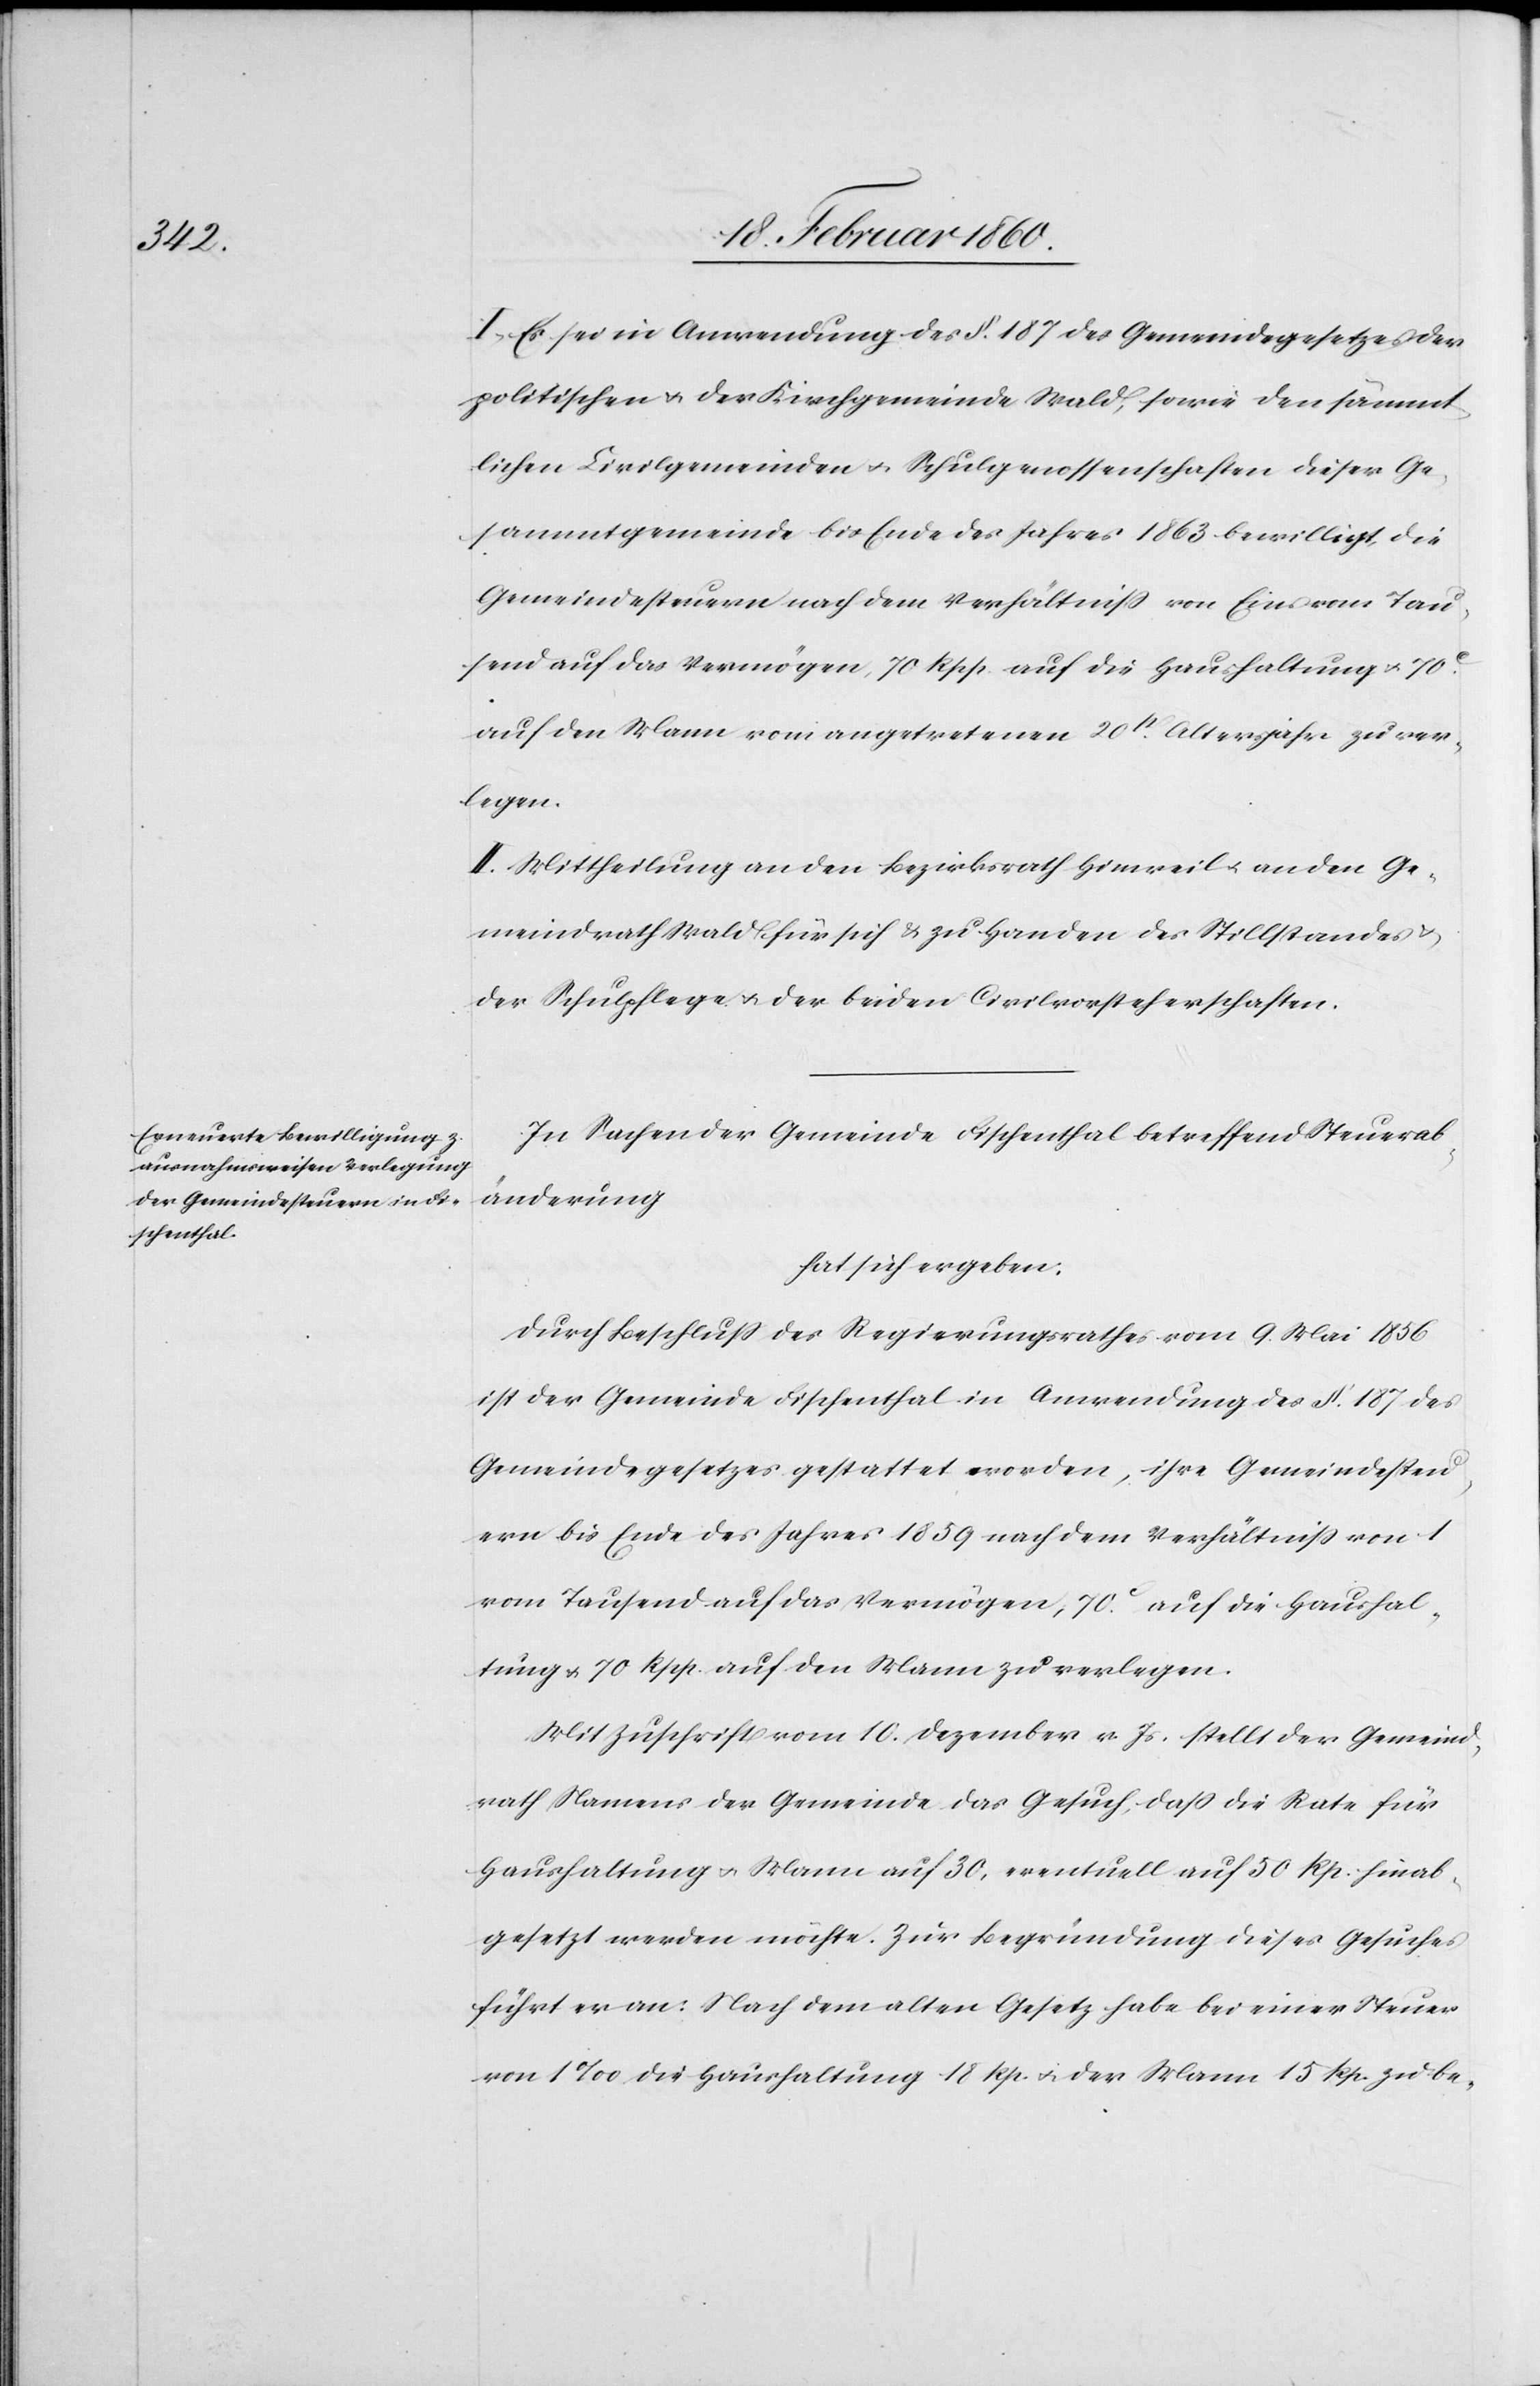
I. Es sei in Anwendung des §. 187. des Gemeindegesetzes der
politischen u. der Kirchgemeinde Wald, sowie den sämmt¬
lichen Civilgemeinden u. Schulgenossenschaften dieser Ge¬
sammtgemeinde bis Ende des Jahres 1863 bewilligt, die
Gemeindesteuern nach dem Verhältniss von Eins vom Tau¬
send auf das Vermögen, 70 Rpp. auf die Haushaltung u. 70C
auf den Mann vom angetretenen 20st Altersjahr zu ver¬
legen.
II. Mittheilung an den Bezirksrath Hinweil u. an den Ge¬
meindrath Wald für sich u. zu Handen des Stillstandes
der Schulpflege u. der beiden Civilvorsteherschaften.
In Sachen der Gemeinde Fischenthal betreffend Steuerab¬
änderung
hat sich ergeben:
Durch Beschluß des Regierungsrathes vom 9. Mai 1856
ist der Gemeinde Fischenthal in Anwendung des §. 87. des
Gemeindegesetzes gestattet worden, ihre Gemeindesteu¬
ern bis Ende des Jahre s1859 nach dem Verhältniss von 1
vom Tausend auf das Vermögen, 70C auf die Haushal¬
tung u. 70 Rpp. auf den Mann zu verlegen.
mit Zuschrift vom 10. Dezember v. Js. stellt der Gemeind¬
rath Namens der Gemeinde das Gesuch, dass die Rate für
Haushaltung u. Mann auf 30, eventuell auf 50 Rp. hinab¬
gesetzt werden möchte. Zur Begründung dieses Gesuches
führt er an: Nach dem alten Gesetz habe bei einer Steuer
von 1‰ die Haushaltung 18 Rp. u. der Mann 15 Rp. zu be-